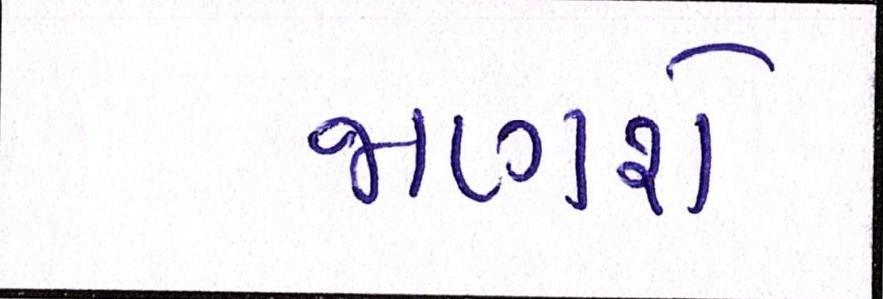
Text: જાણશે